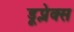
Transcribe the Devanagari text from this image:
डूप्लेक्स